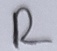
Text: R